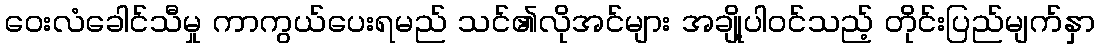
ဝေးလံခေါင်သီမှု ကာကွယ်ပေးရမည် သင်၏လိုအင်များ အချို့ပါဝင်သည့် တိုင်းပြည်မျက်နှာ